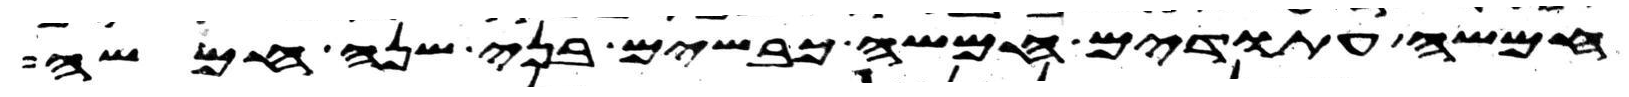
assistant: חמשה עתודים חמשה כבשים בני שנה חמשה